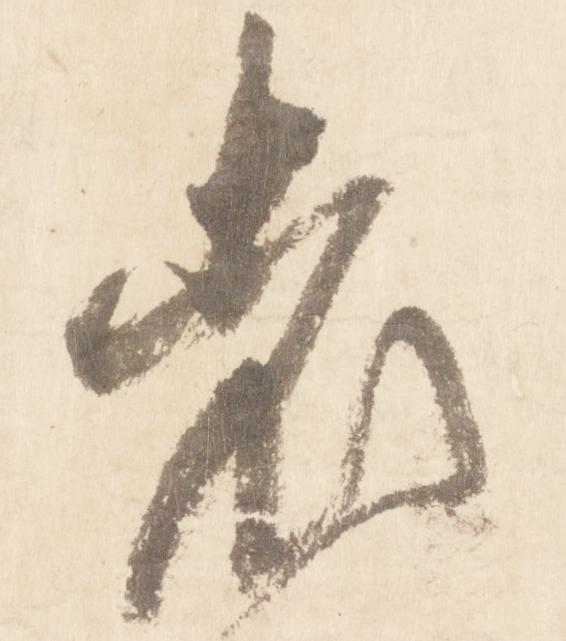
老